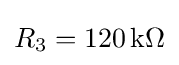
R_{3}=120\,\mathrm {k\Omega }